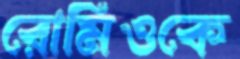
রোমিওকে